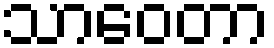
သာဝေတာ